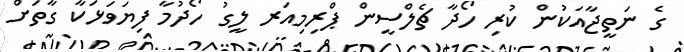
ގެ ނަތީޖާއަކުން ކުރި ހޯދާ ޗެލްސީން ޕްރިމިއަރ ލީގު ހޯދުމާ ފިޔަވަޅަކާ ގާތަށް